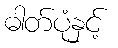
ဓါတ်ပုံနှင့်